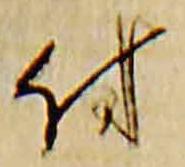
付